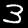
Digit: 3